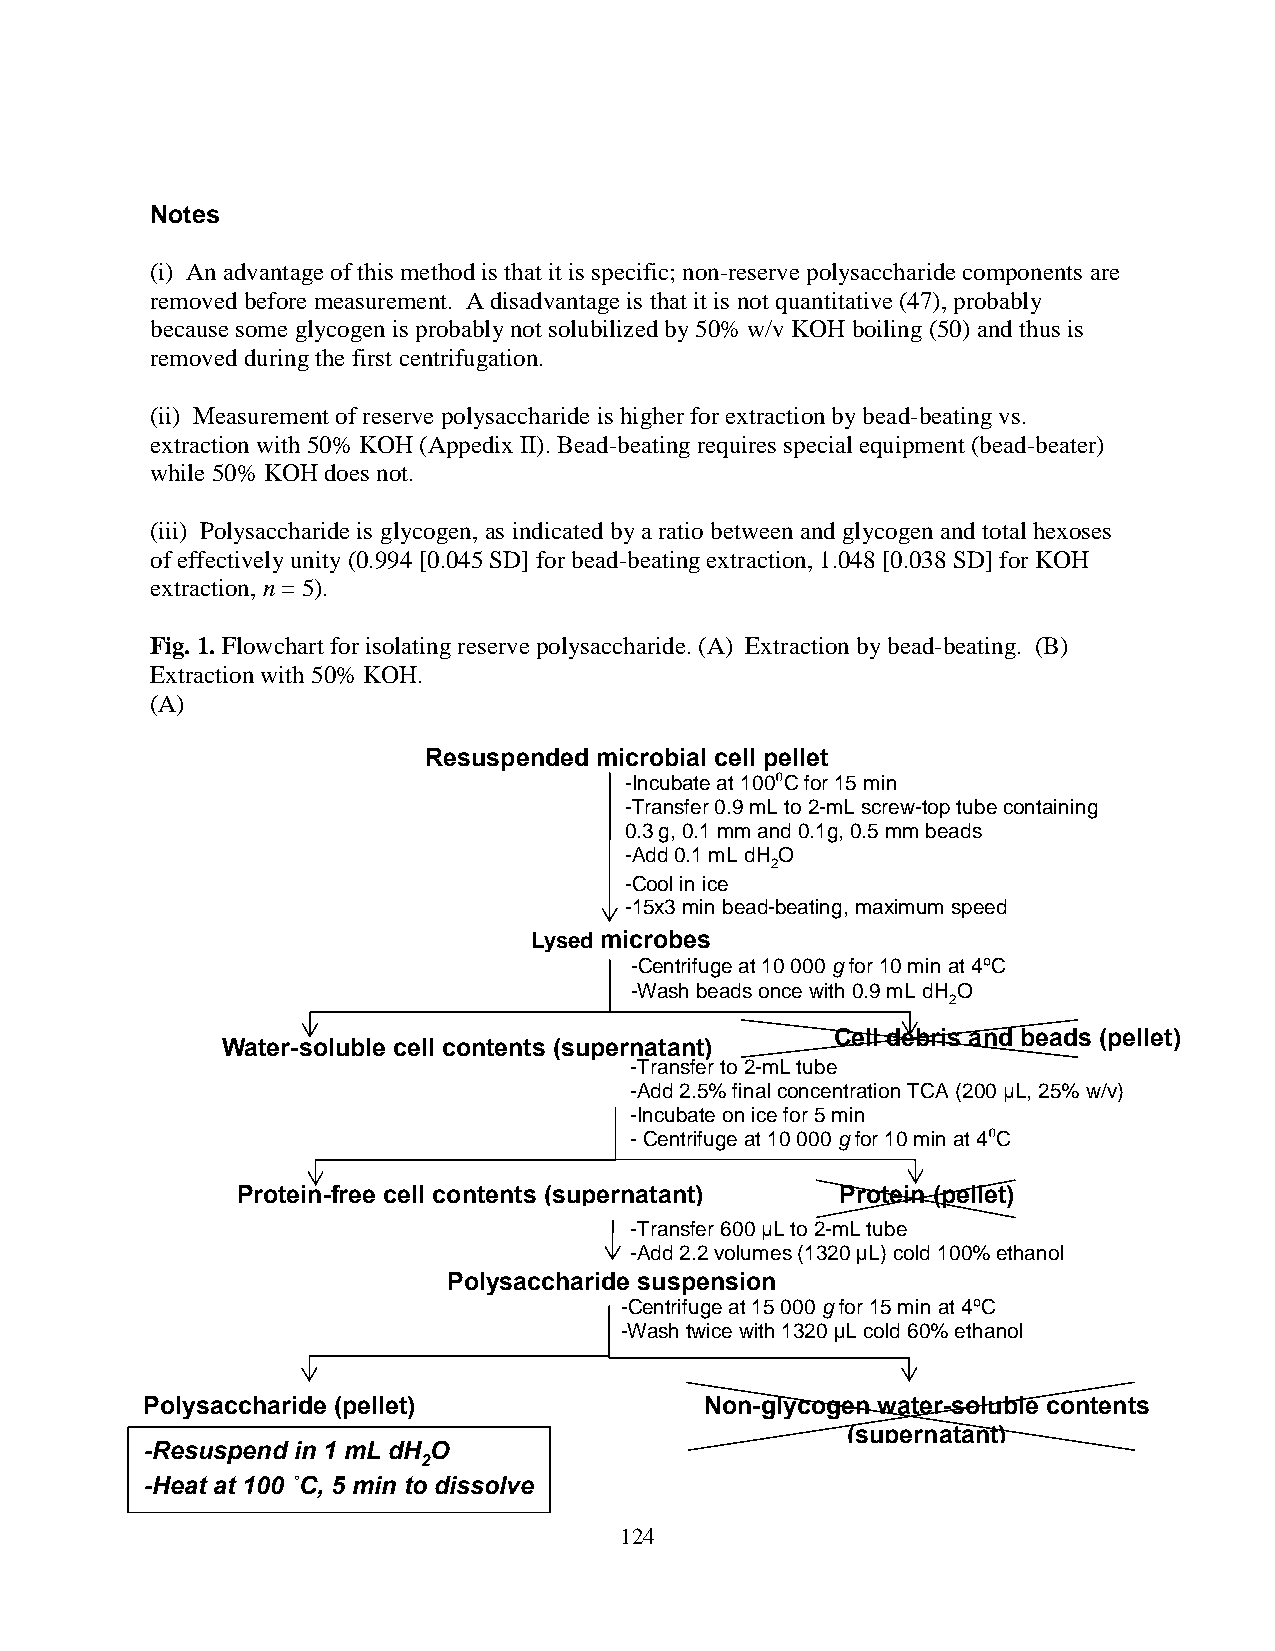
Notes
 (i) An advantage of this method is that it is specific; non-reserve polysaccharide components are
 removed before measurement. A disadvantage is that it is not quantitative (47), probably
 because some glycogen is probably not solubilized by 50% w/v KOH boiling (50) and thus is
 removed during the first centrifugation.
 (ii) Measurement of reserve polysaccharide is higher for extraction by bead-beating vs.
 extraction with 50% KOH (Appedix II). Bead-beating requires special equipment (bead-beater)
 while 50% KOH does not.
 (iii) Polysaccharide is glycogen, as indicated by a ratio between and glycogen and total hexoses
 of effectively unity (0.994 [0.045 SD] for bead-beating extraction, 1.048 [0.038 SD] for KOH
 extraction, n = 5).
 Fig. 1. Flowchart for isolating reserve polysaccharide. (A) Extraction by bead-beating. (B)
 Extraction with 50% KOH.
 (A)
 Resuspended microbial cell pellet
 -Incubate at 100⁰C for 15 min
 -Transfer 0.9 mL to 2-mL screw-top tube containing
 0.3 g, 0.1 mm and 0.1g, 0.5 mm beads
 -Add 0.1 mL dH O
 2
 -Cool in ice
 -15x3 min bead-beating, maximum speed
 Lysed microbes
 -Centrifuge at 10 000 g for 10 min at 4⁰C
 -Wash beads once with 0.9 mL dH O
 2
 Cell debris and beads (pellet)
 Water-soluble cell contents (supernatant)
 -Transfer to 2-mL tube
 -Add 2.5% final concentration TCA (200 μL, 25% w/v)
 -Incubate on ice for 5 min
 - Centrifuge at 10 000 g for 10 min at 4⁰C
 Protein-free cell contents (supernatant) Protein (pellet)
 -Transfer 600 μL to 2-mL tube
 -Add 2.2 volumes (1320 µL) cold 100% ethanol
 Polysaccharide suspension
 -Centrifuge at 15 000 g for 15 min at 4⁰C
 -Wash twice with 1320 µL cold 60% ethanol
 Polysaccharide (pellet)               Non-glycogen water-soluble contents
 (supernatant)
 -Resuspend in 1 mL dH O
 2
 -Heat at 100 ˚C, 5 min to dissolve
 124